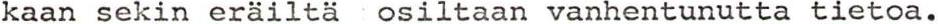
kaan sekin eräiltä osiltaan vanhentunutta tietoa.